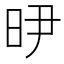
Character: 𭥞